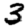
Digit: 3